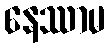
နေဿာမ